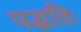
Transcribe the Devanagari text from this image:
पद्धतिः